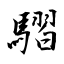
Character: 騽